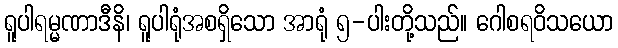
ရူပါရမ္မဏာဒီနိ၊ ရူပါရုံအစရှိသော အာရုံ ၅-ပါးတို့သည်။ ဂေါစရဝိသယော